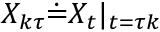
{ X } _ { k \tau } \dot { = } { X } _ { t } \vert { _ { t = \tau k } }